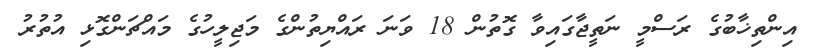
އިންތިޚާބުގެ ރަސްމީ ނަތީޖާގައިވާ ގޮތުން 18 ވަނަ ރައްޔިތުންގެ މަޖިލީހުގެ މައްޗަންގޮޅި އުތުރު